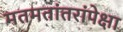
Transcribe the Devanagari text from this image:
मतमतांतरांपेक्षा